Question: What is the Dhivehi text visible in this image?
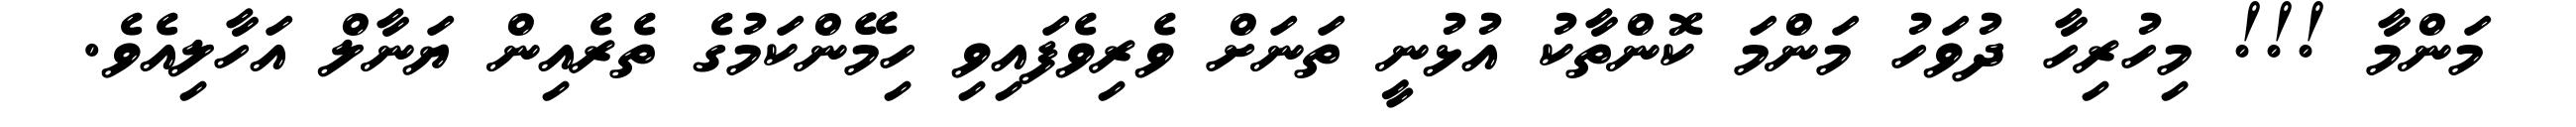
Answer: މަންމާ !!! މިހުރިހާ ދުވަހު މަންމަ ކޮންތާކު އުޅުނީ ތަނަށް ވެރިވެފައިވި ހިމޭންކަމުގެ ތެރެއިން ޔަނާލް އަހާލިއެވެ.